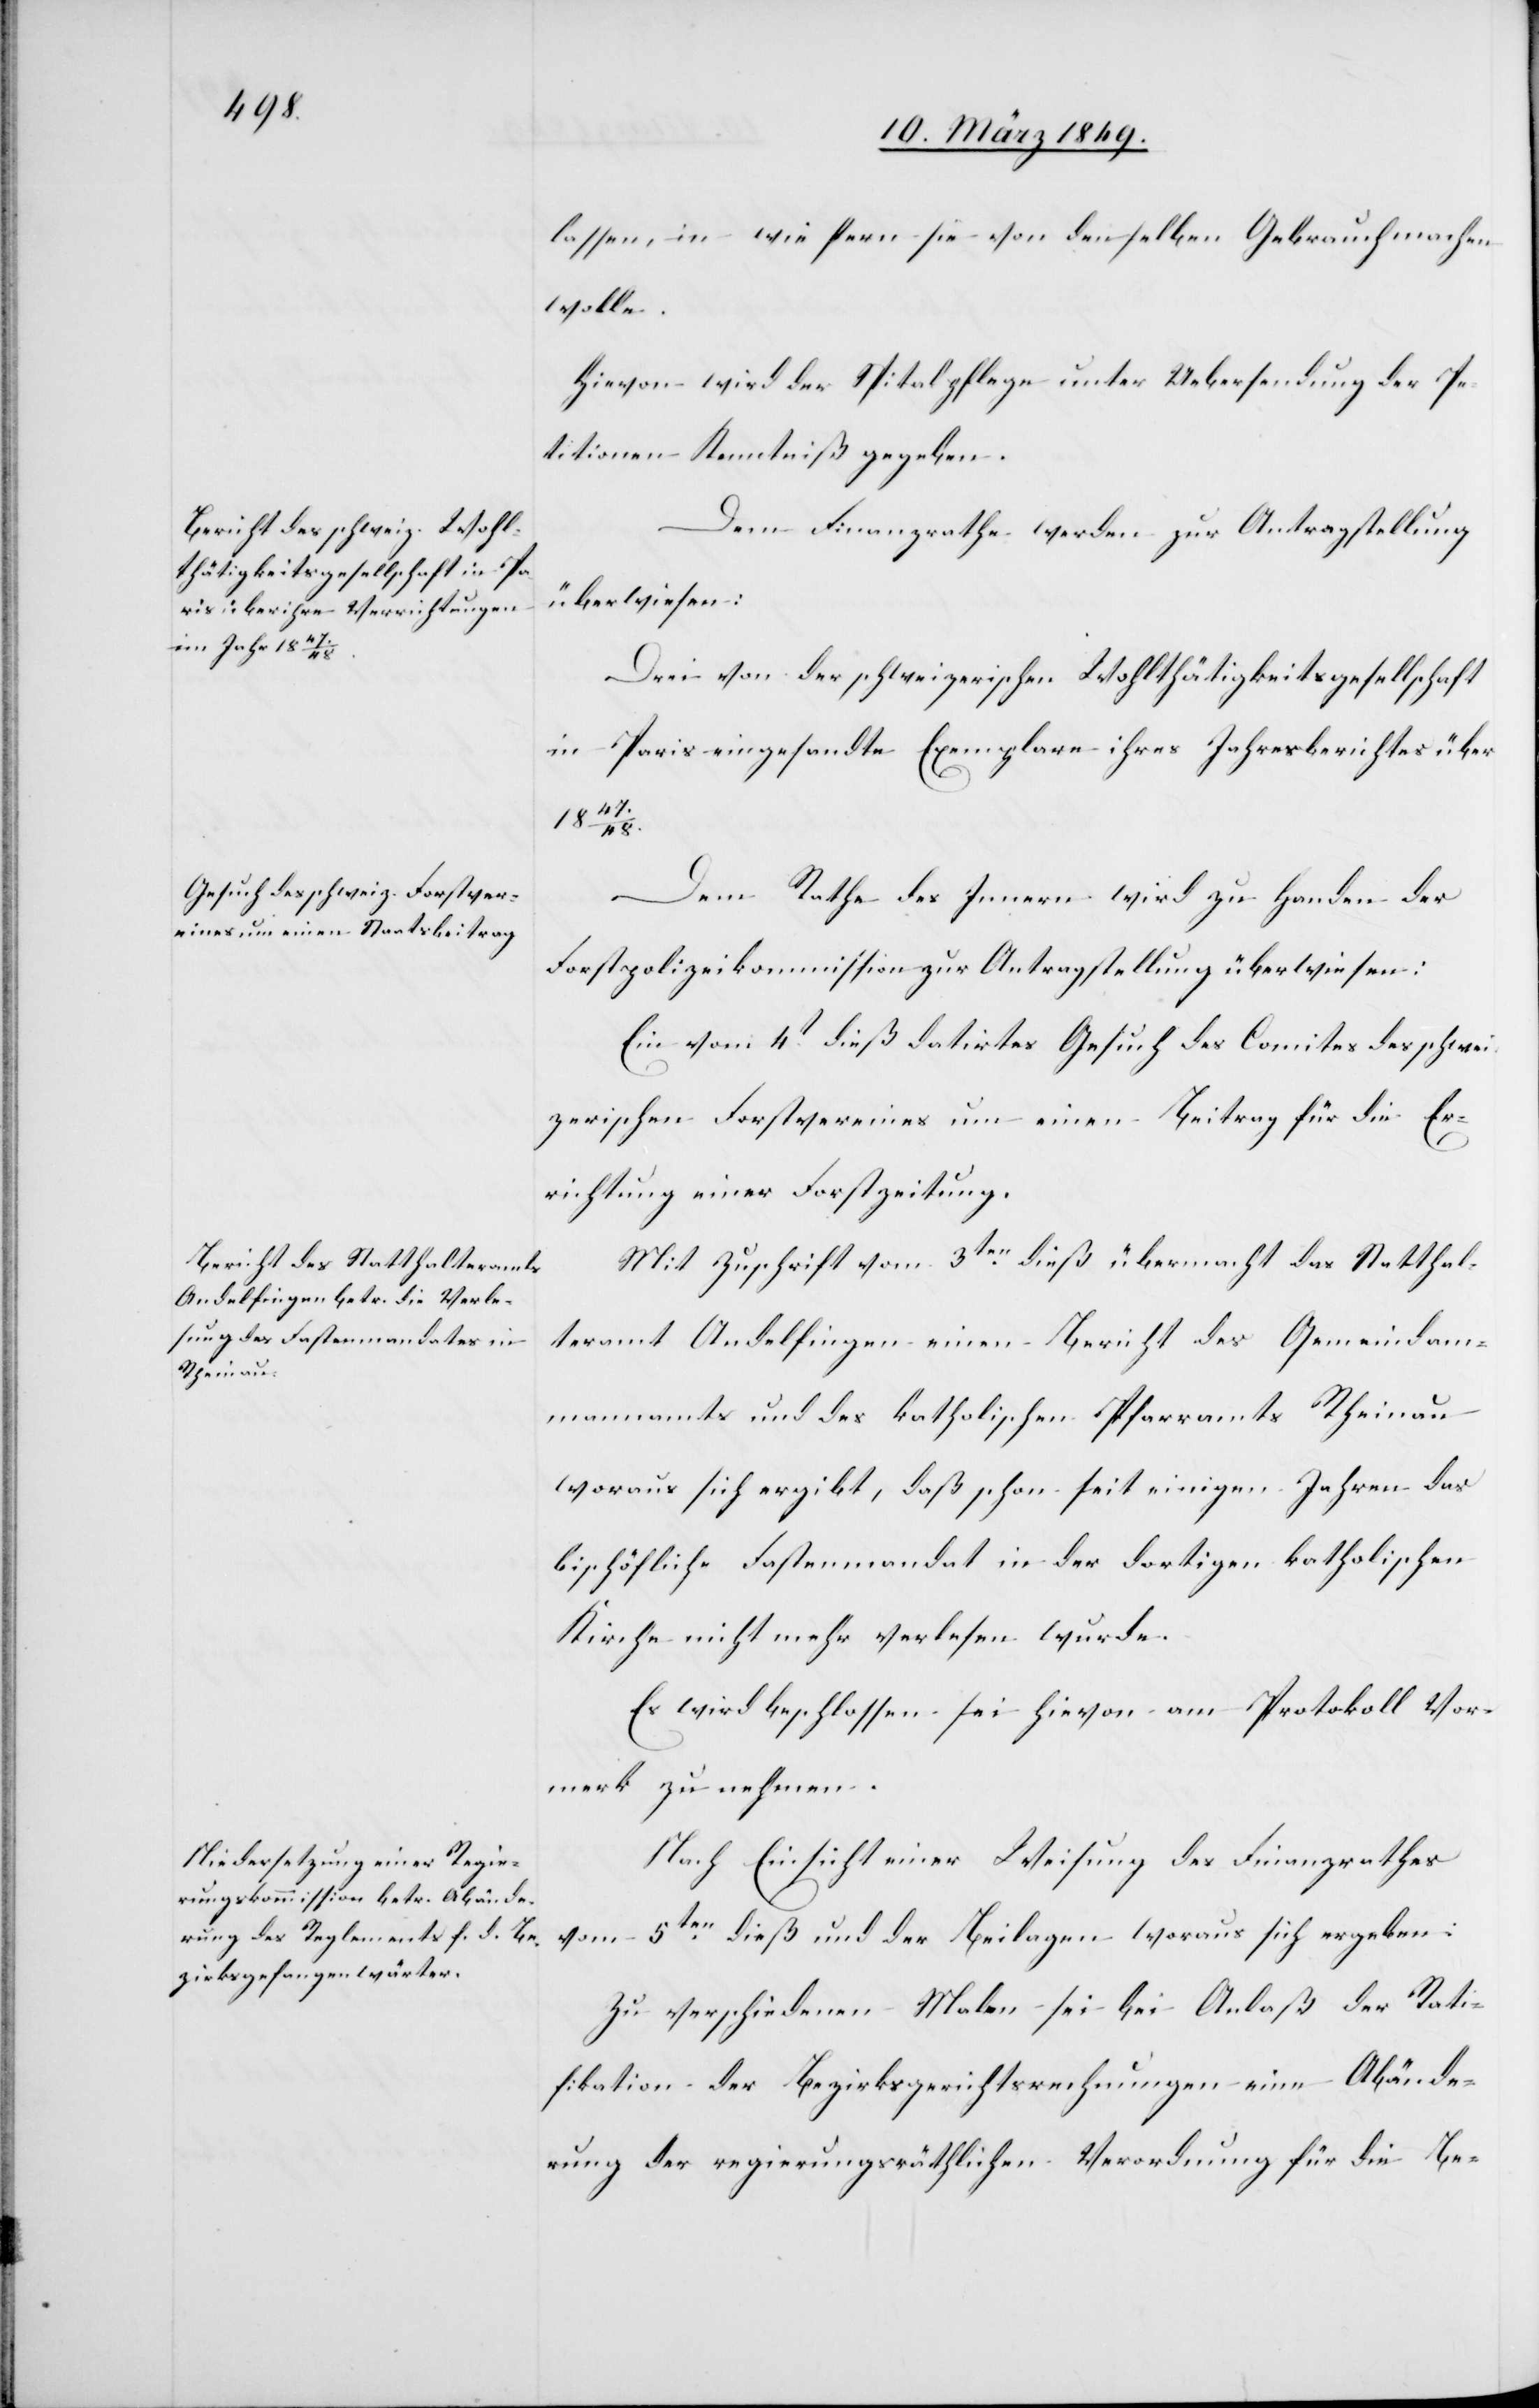
lassen, in wie fern sie von denselben Gebrauch machen
wolle.
Hievon wird der Spitalpflege unter Uebersendung der Pe¬
titionen Kenntniß gegeben.
Dem Finanzrathe werden zur Antragstellung
überwiesen:
Drei von der schweizerischen Wohlthätigkeitsgesellschaft
Paris eingesandte Exemplare ihres Jahresberichtes über
in
1847/48.
Dem Rathe des Innern wird zu Handen der
Forstpolizeikommission zur Antragstellung überwiesen:
Ein vom 4t. dieß datirtes Gesuch des Comites des schwei¬
zerischen Forstvereines um einen Beitrag für die Er¬
richtung einer Forstzeitung.
Mit Zuschrift vom 3ten. dieß übermacht das Statthal¬
teramt Andelfingen einen Bericht des Gemeindam¬
mannamts und des katholischen Pfarramts Rheinau
woraus sich ergibt, daß schon seit einigen Jahren das
bischöfliche Fastenmandat in der dortigen katholischen
Kirche nicht mehr verlesen wurde.
Es wird beschlossen sei hievon am Protokoll Vor¬
merk zu nehmen.
Nach Einsicht einer Weisung des Finanzrathes
vom 5ten. dieß und der Beilagen woraus sich ergeben:
Zu verschiedenen Malen sei bei Anlaß der Rati¬
fikation der Bezirksgerichtsrechnungen eine Abände¬
rung der regierungsräthlichen Verordnung für die Be-